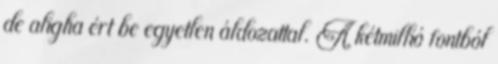
de aligha ért be egyetlen áldozattal. A kétmillió fontból